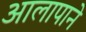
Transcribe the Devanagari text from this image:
आलापाने